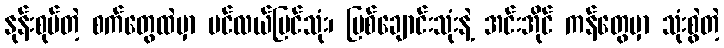
နုန်းစုပ်တဲ့ စက်တွေထဲမှာ ပင်လယ်ပြင်သုံး၊ မြစ်ချောင်းသုံးနဲ့ အင်းအိုင် ကန်တွေမှာ သုံးစွဲတဲ့